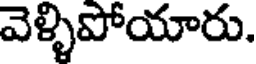
వెళ్ళిపోయారు.